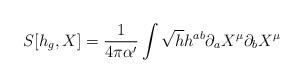
LaTeX: \begin{align*}S[h_g,X]=\frac{1}{4\pi\alpha'}\int \sqrt{h}h^{ab}\partial_aX^\mu\partial_bX^\mu\end{align*}